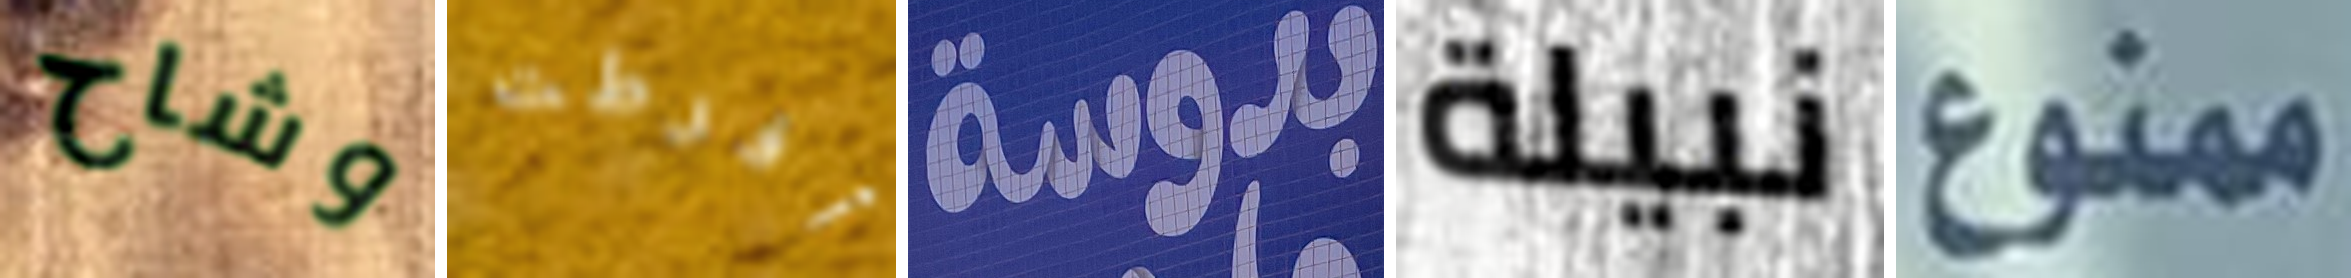
وشاح أفرطت بدوسة نبيلة ممنوع